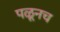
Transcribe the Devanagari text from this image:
पळूनच